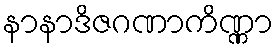
နာနာဒိဇဂဏာကိဏ္ဏာ